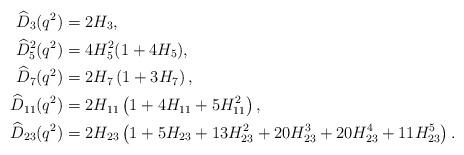
LaTeX: \begin{align*}\widehat{D}_{3}(q^2) &= 2H_3,\\\widehat{D}_{5}^2(q^2)&= 4H_5^2(1+4H_5),\\\widehat{D}_{7}(q^2)&=2H_7\left(1+3H_7\right),\\\widehat{D}_{11}(q^2)&=2H_{11}\left(1+4H_{11}+5H_{11}^2\right),\\ \widehat{D}_{23}(q^2) &= 2H_{23}\left(1+5H_{23}+13H_{23}^2+20H_{23}^3+20H_{23}^4+11H_{23}^5\right).\end{align*}